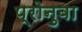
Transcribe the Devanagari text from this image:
प्रोनुबा